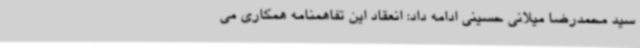
سید محمدرضا میلانی حسینی ادامه داد: انعقاد این تفاهمنامه همکاری می